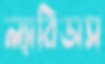
ল্যাবিডাস